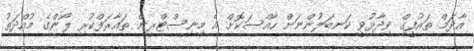
އާދަމް ތައުފީގް ވިދާޅުވީ ކަނބަލުންނަށް ހާއްްްސަކޮޮށް އެެ މިނިސްޓްރީންް ތައާރަފްކުރި ލޯންގެ މުއްްްދަތު